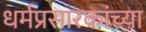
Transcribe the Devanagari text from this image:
धर्मप्रसारकांच्या